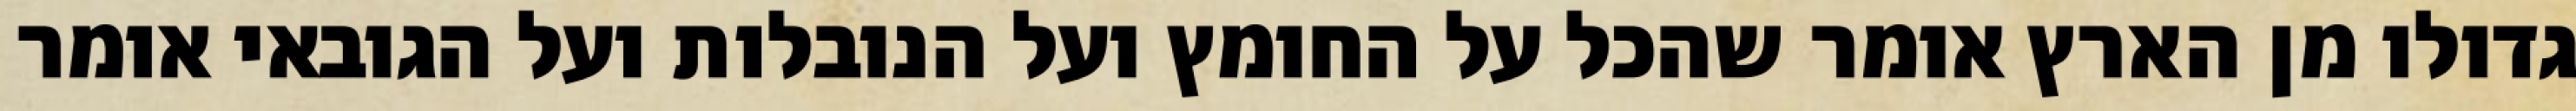
גדולו מן הארץ אומר שהכל על החומץ ועל הנובלות ועל הגובאי אומר